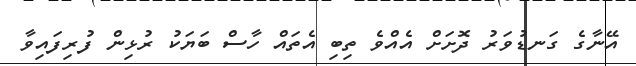
އޭނާގެ ގަނޑުވަރު ދޮށަށް އެއްވެ ތިބި އެތައް ހާސް ބަޔަކު ރުޅިން ފުރިފައިވާ